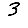
Digit: 3